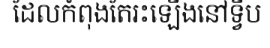
ដែលកំពុងតែរះឡើងនៅទ្វីប